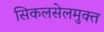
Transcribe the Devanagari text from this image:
सिकलसेलमुक्त